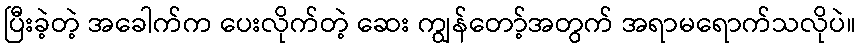
ပြီးခဲ့တဲ့ အခေါက်က ပေးလိုက်တဲ့ ဆေး ကျွန်တော့်အတွက် အရာမရောက်သလိုပဲ။